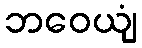
ဘဝေယျံ